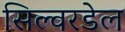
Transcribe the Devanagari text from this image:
सिल्वरडेल